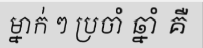
ម្នាក់ ៗ ប្រចាំ ឆ្នាំ គឺ